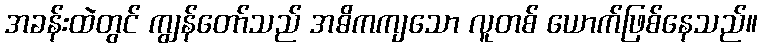
အခန်းထဲတွင် ကျွန်တော်သည် အဓိကကျသော လူတစ် ယောက်ဖြစ်နေသည်။